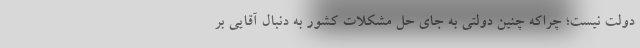
دولت نیست؛ چراکه چنین دولتی به جای حل مشکلات کشور به دنبال آقایی بر